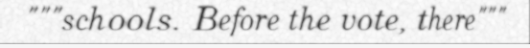
"""schools. Before the vote, there"""